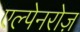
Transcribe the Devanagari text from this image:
एल्पेनरोज़